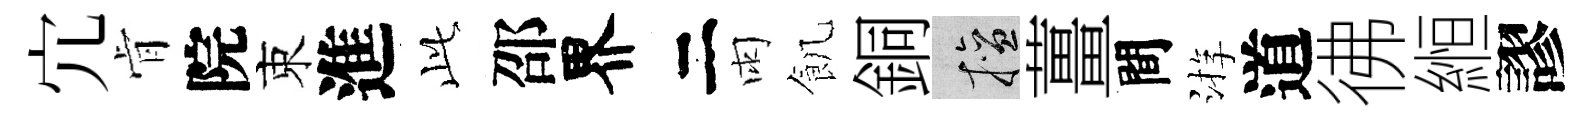
宂肻院束進𬼘邵界二雨飢銅擅薑間㳺道彿縆謬